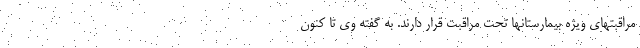
مراقبتهای ویژه بیمارستانها تحت مراقبت قرار دارند. به گفته وی تا کنون